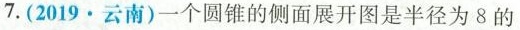
7.(2019·云南)一个圆锥的侧面展开图是半径为8的